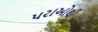
પરાઓથી